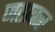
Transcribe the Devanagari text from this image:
जताकर